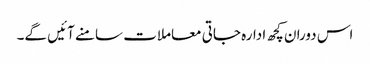
اس دوران کچھ ادارہ جاتی معاملات سامنے آئیں گے۔